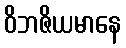
ဝိဘဇိယမာနေ